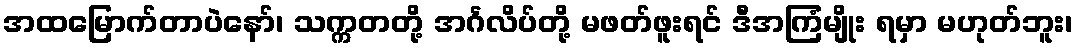
အထမြောက်တာပဲနော်၊ သက္ကတတို့ အင်္ဂလိပ်တို့ မဖတ်ဖူးရင် ဒီအကြံမျိုး ရမှာ မဟုတ်ဘူး၊